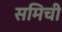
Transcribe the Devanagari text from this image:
समिची